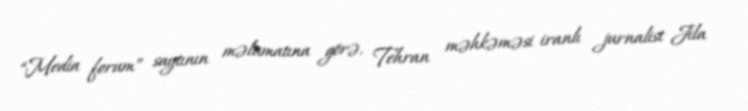
“Media forum” saytının məlumatına görə, Tehran məhkəməsi iranlı jurnalist Jila